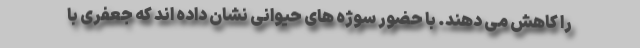
را کاهش می دهند. با حضور سوژه های حیوانی نشان داده اند که جعفری با